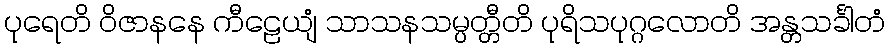
ပုရေတိ ဝိဇာနနေ ကီဠေယျံ သာသနသမ္ပတ္တီတိ ပုရိသပုဂ္ဂလောတိ အန္တသင်္ခါတံ